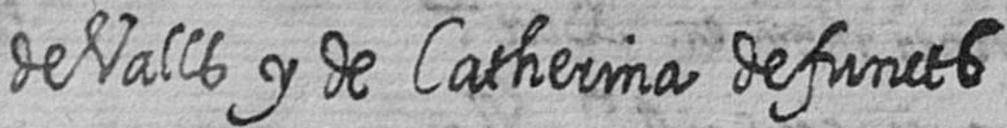
de Valls y de Catherina defuncts